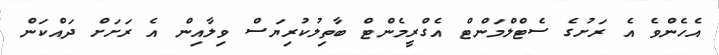
އެހެންވެ އެ ރަށުގެ ސެޓްލްމަންޓް އެގްރީމެންޓް ބާތިލުކުރިޔަސް ވިލާއިން އެ ރަށަށް ދައްކަން